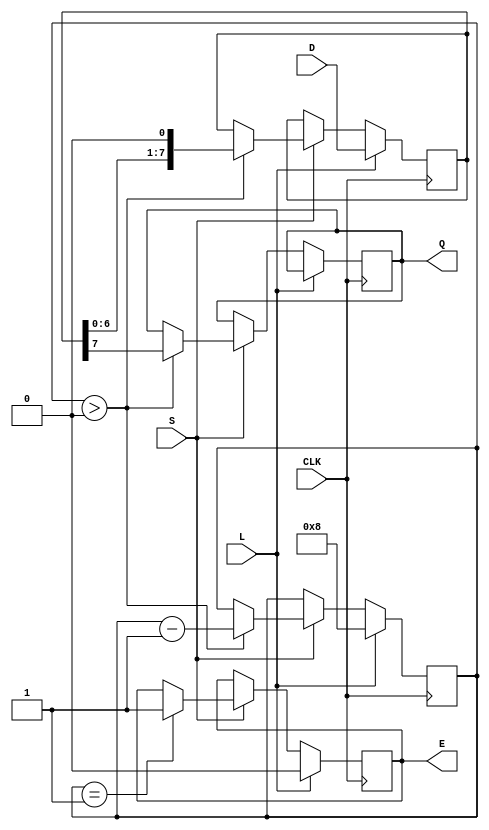
module PISO_Register #(
    parameter N = 8 // Width of the register, can be parameterized
)(
    input wire [N-1:0] D,   // Parallel data input
    input wire L,           // Load signal
    input wire CLK,         // Clock signal
    input wire S,           // Shift signal
    output reg Q,           // Serial output
    output reg E            // Empty signal
);

    reg [N-1:0] SR;         // Shift register
    reg [3:0] counter;      // Counter to keep track of shifted bits

    // Asynchronous reset
    always @(posedge CLK) begin
        if (L) begin
            SR <= D;       // Load parallel data into the shift register
            counter <= N;  // Set counter to N when loading data
            E <= 0;        // Register is not empty after loading
        end else if (S) begin
            if (counter > 0) begin
                Q <= SR[N-1]; // Output the MSB
                SR <= {SR[N-2:0], 1'b0}; // Shift left
                counter <= counter - 1; // Decrement counter
            end
            if (counter == 1) begin
                E <= 1;      // Register is empty after last bit is shifted out
            end
        end
    end

    // Initialize outputs and internal register on reset
    initial begin
        SR = 0;
        Q = 0;
        E = 1; // Initially empty
        counter = 0; // Initially no data in the counter
    end

endmodule